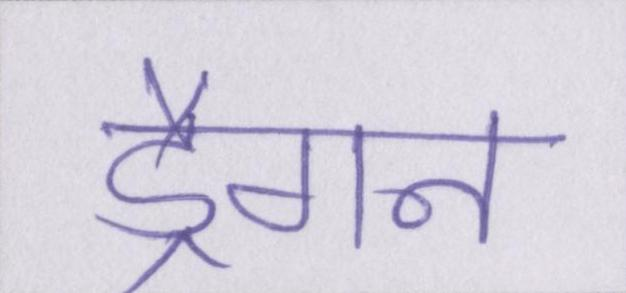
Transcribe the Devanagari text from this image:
ड्रैगन